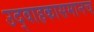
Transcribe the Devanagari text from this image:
उद्वाहकासमानच